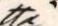
että